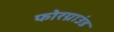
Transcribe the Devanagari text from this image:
फोरग्राउंड